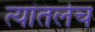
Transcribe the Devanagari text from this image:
त्यांतलेच